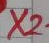
Text: X2-1